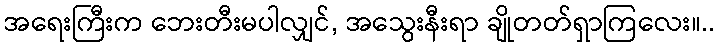
အရေးကြီးက ဘေးတီးမပါလျှင်, အသွေးနီးရာ ချိုတတ်ရှာကြလေး။..